画像に写った文字を読んでください
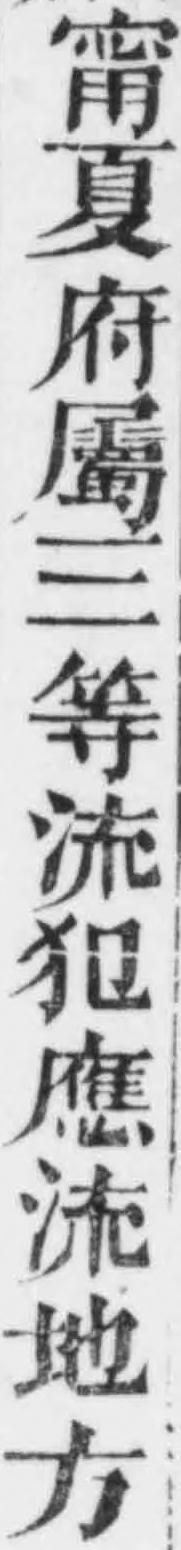
「甯夏府屬三等流犯應流地方」と書いてあります